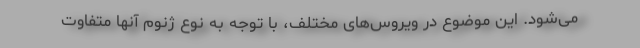
می‌شود. این موضوع در ویروس‌های مختلف، با توجه به نوع ژنوم آنها متفاوت